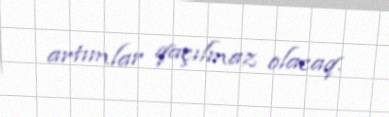
artımlar qaçılmaz olacaq.